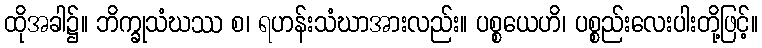
ထိုအခါ၌။ ဘိက္ခုသံဃဿ စ၊ ရဟန်းသံဃာအားလည်း။ ပစ္စယေဟိ၊ ပစ္စည်းလေးပါးတို့ဖြင့်။